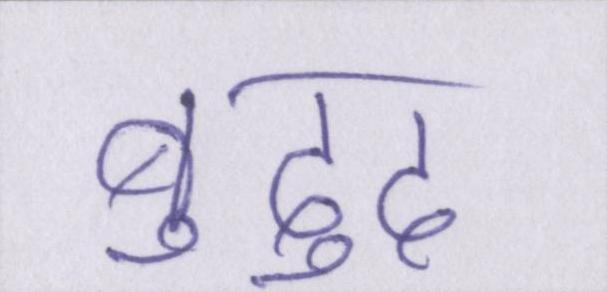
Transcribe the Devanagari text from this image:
बुद्दु